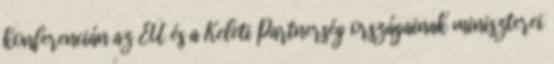
konferencián az EU és a Keleti Partnerség országainak miniszterei